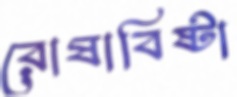
রোষাবিষ্টা